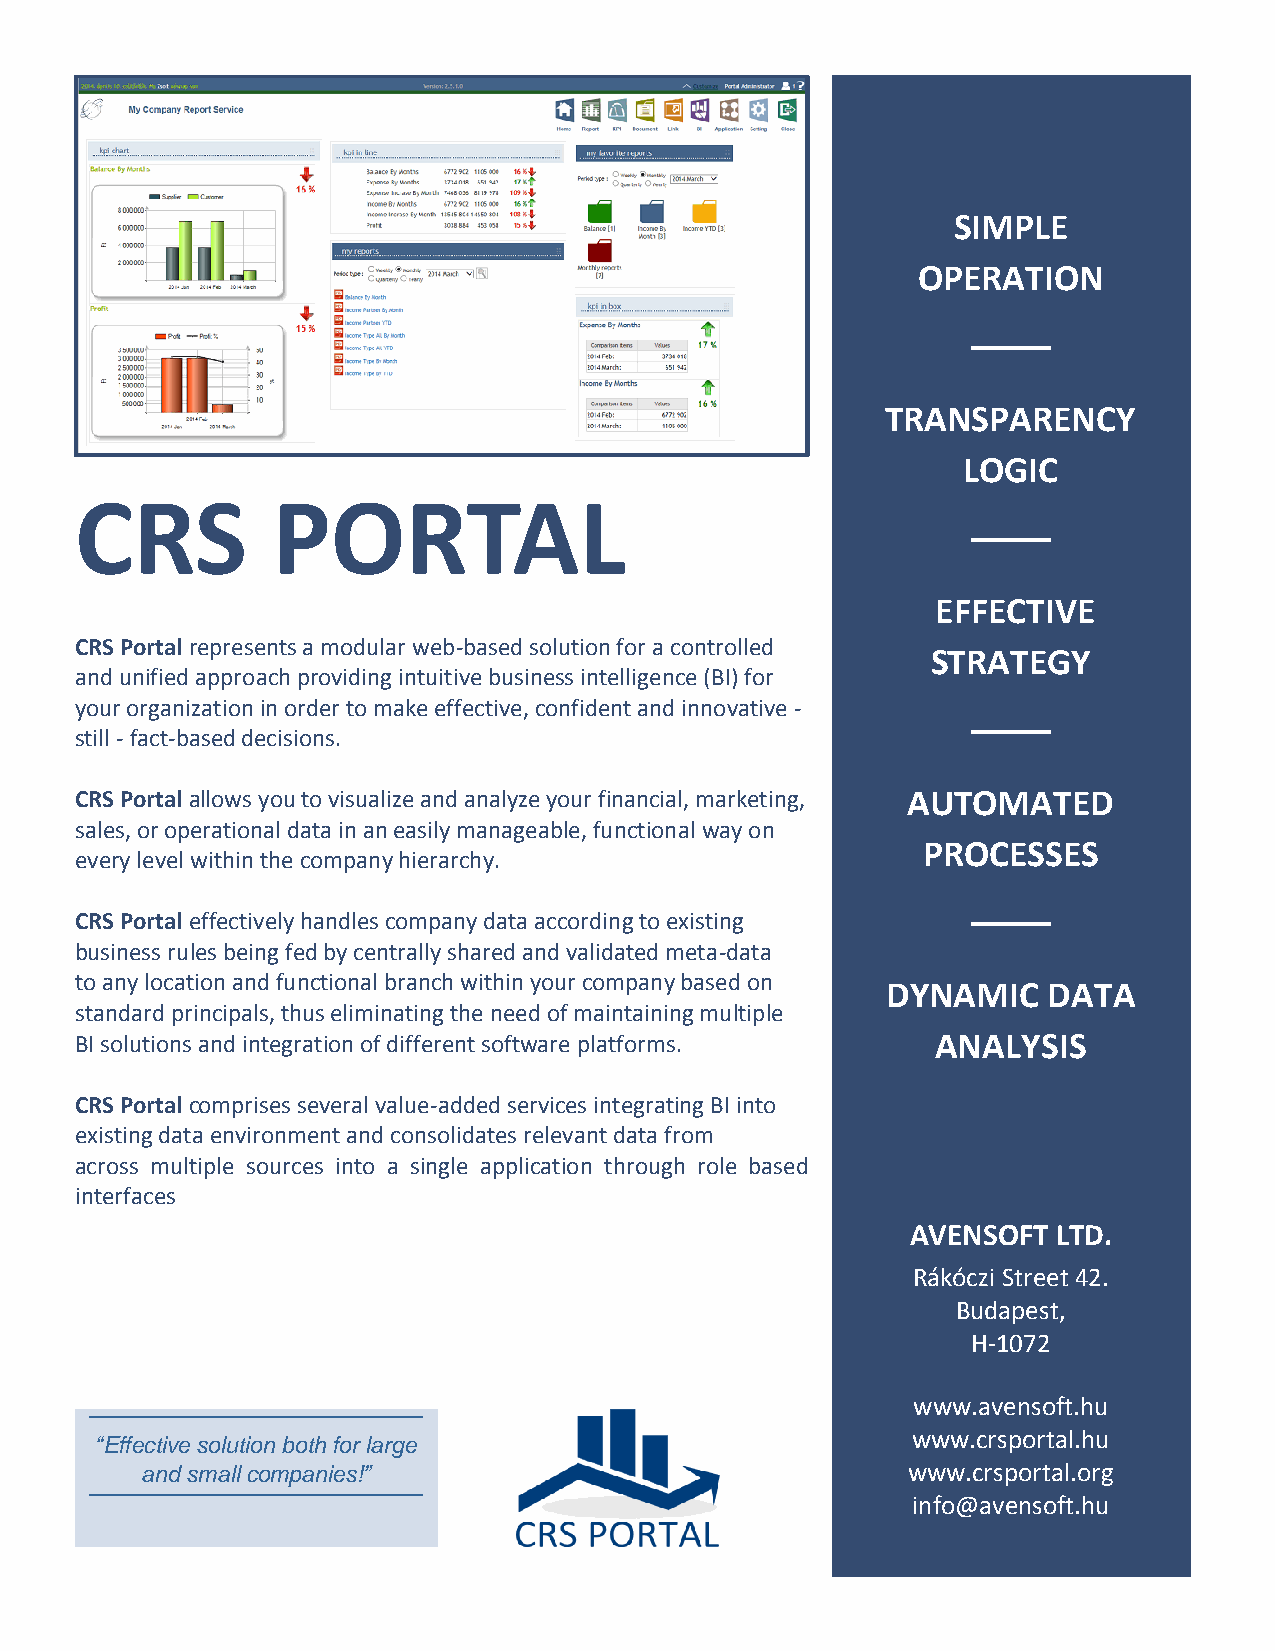
SIMPLE
 OPERATION
 TRANSPARENCY
 LOGIC
 CRS          PORTAL
 EFFECTIVE
 CRS Portal represents a modular web-based solution for a controlled
 STRATEGY
 and unified approach providing intuitive business intelligence (BI) for
 your organization in order to make effective, confident and innovative -
 still - fact-based decisions.
 CRS Portal allows you to visualize and analyze your financial, marketing, AUTOMATED
 sales, or operational data in an easily manageable, functional way on
 PROCESSES
 every level within the company hierarchy.
 CRS Portal effectively handles company data according to existing
 business rules being fed by centrally shared and validated meta-data
 to any location and functional branch within your company based on
 DYNAMIC   DATA
 standard principals, thus eliminating the need of maintaining multiple
 BI solutions and integration of different software platforms. ANALYSIS
 CRS Portal comprises several value-added services integrating BI into
 existing data environment and consolidates relevant data from
 across multiple sources into a single application through role based
 interfaces
 -
 AVENSOFT  LTD.
 Rákóczi Street 42.
 Budapest,
 H-1072
 www.avensoft.hu
 www.crsportal.hu
 “Effective solution both for large
 and small companies!”                              www.crsportal.org
 info@avensoft.hu
 [Dates and Times]